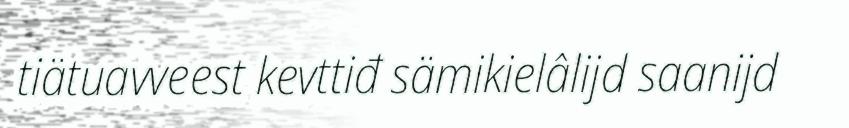
tiätuavveest kevttiđ sämikielâlijd saanijd